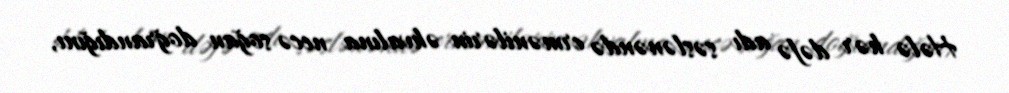
Hələ hər dəfə adı səslənəndə ermənilərin əhvalına necə soğan doğrandığını,